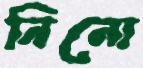
নিনো